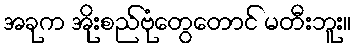
အခုက အိုးစည်ဗုံတွေတောင် မတီးဘူး။